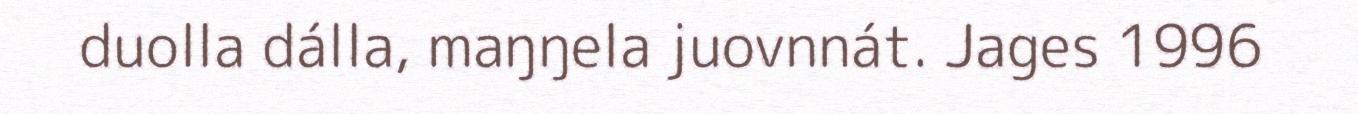
duolla dálla, maŋŋela juovnnát. Jages 1996